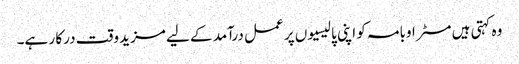
وہ کہتی ہیں مسٹر اوبامہ کو اپنی پالیسیوں پر عمل درآمد کے لیے مزید وقت درکا ر ہے۔